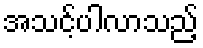
အသင့်ပါလာသည့်